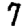
Digit: 7